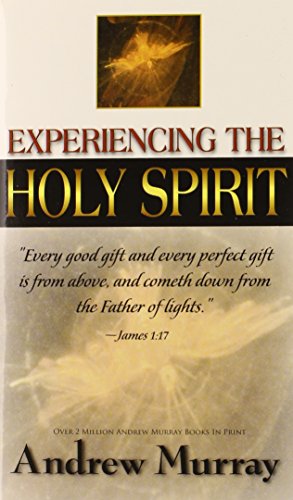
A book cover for Experiencing The Holy Spirit; MURRAY ANDREW; Christian Books & Bibles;